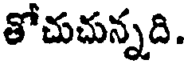
తోచుచున్నది.